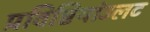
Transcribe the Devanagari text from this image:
प्रविष्टियांउलट